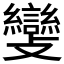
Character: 𣀵